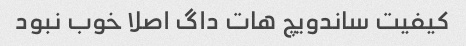
کیفیت ساندویچ هات داگ اصلا خوب نبود